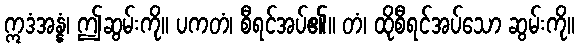
ဣဒံအန္နံ၊ ဤဆွမ်းကို။ ပကတံ၊ စီရင်အပ်၏။ တံ၊ ထိုစီရင်အပ်သော ဆွမ်းကို။